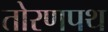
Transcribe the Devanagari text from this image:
तोरणपथ